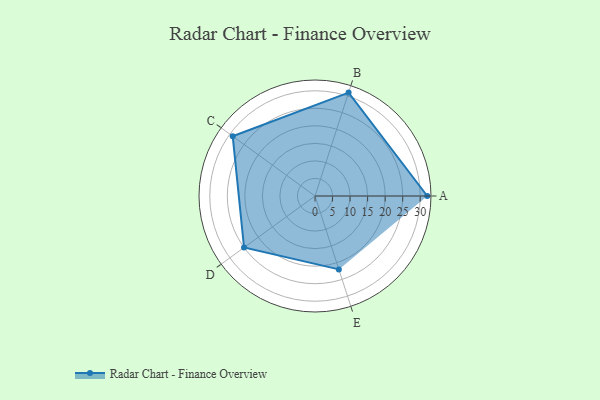
{"axis": {"x": "Skill", "y": "Score"}, "legend": ["Profile"], "data": [{"x": "A", "y": 32.0, "type": "Profile"}, {"x": "B", "y": 31.0, "type": "Profile"}, {"x": "C", "y": 29.0, "type": "Profile"}, {"x": "D", "y": 25.0, "type": "Profile"}, {"x": "E", "y": 22.0, "type": "Profile"}]}